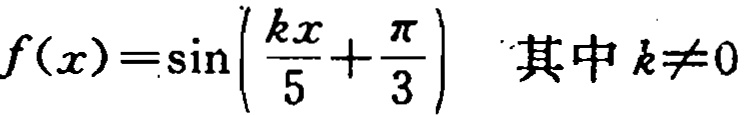
\(f(x)=\sin\left(\frac{kx}{5}+\frac{\pi}{3}\right)\text{ 其中 }k\neq0\)